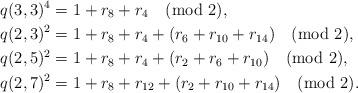
LaTeX: \begin{align*}q(3,3)^4&=1+r_8+r_4\pmod{2},\\ q(2,3)^2&=1+r_8+r_4+(r_6+r_{10}+r_{14})\pmod{2},\\ q(2,5)^2&=1+r_8+r_4+(r_2+r_6+r_{10})\pmod{2},\\q(2,7)^2&=1+r_8+r_{12}+(r_2+r_{10}+r_{14})\pmod{2}.\end{align*}